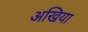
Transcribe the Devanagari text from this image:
अखिया